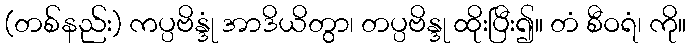
(တစ်နည်း) ကပ္ပဗိန္ဒုံ အာဒိယိတွာ၊ တပ္ပဗိန္ဒု ထိုးပြီး၍။ တံ စီဝရံ၊ ကို။